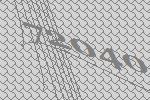
72040